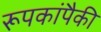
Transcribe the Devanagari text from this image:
रूपकांपैकी